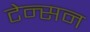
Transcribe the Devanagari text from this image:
टेन्सन